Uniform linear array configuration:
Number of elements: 64
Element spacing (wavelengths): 0.5
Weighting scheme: hamming
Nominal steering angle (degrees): -45
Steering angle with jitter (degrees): -45.616
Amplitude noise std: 0.05
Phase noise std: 0.05

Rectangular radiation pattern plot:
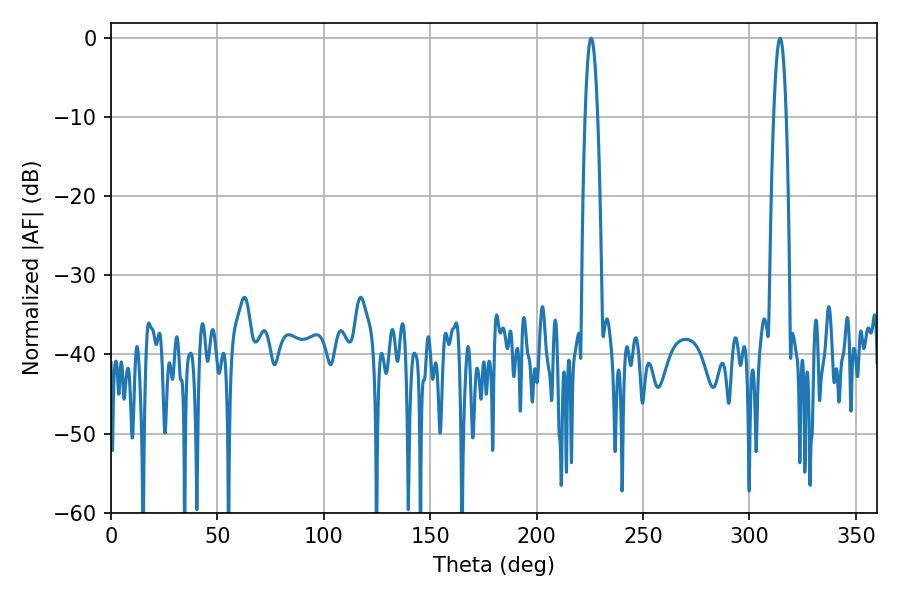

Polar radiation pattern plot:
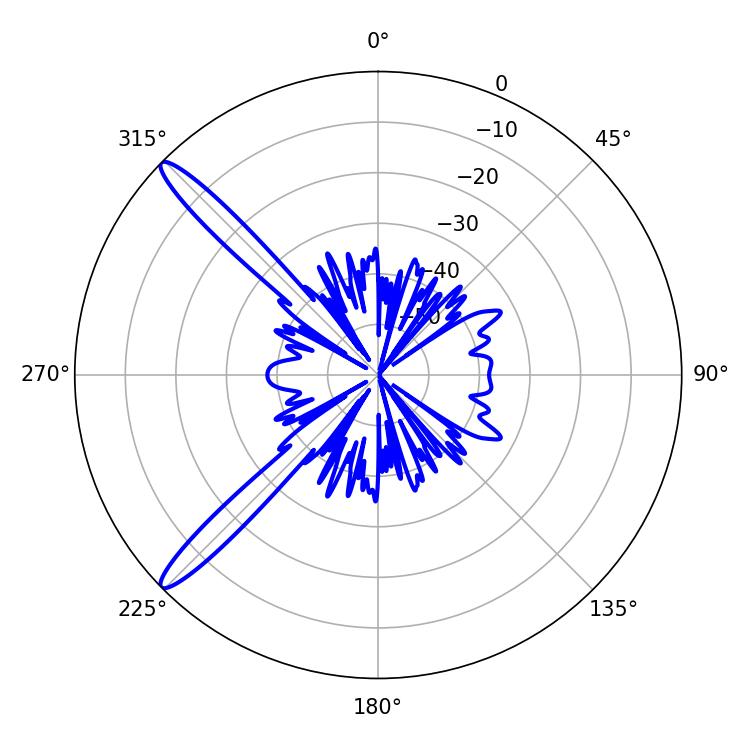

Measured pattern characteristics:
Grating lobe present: FALSE
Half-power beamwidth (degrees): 3.06
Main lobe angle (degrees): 225.54